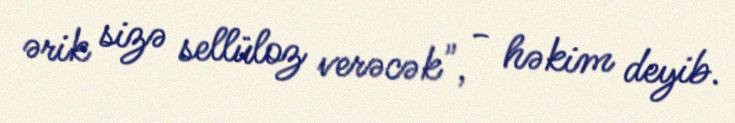
ərik sizə sellüloz verəcək", - həkim deyib.